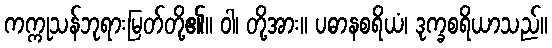
ကက္ကုသန်ဘုရားမြတ်တို့၏။ ဝါ၊ တို့အား။ ပဓာနစရိယံ၊ ဒုက္ခစရိယာသည်။